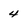
Character: 4